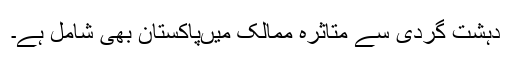
دہشت گردی سے متاثرہ ممالک میںپاکستان بھی شامل ہے۔